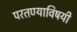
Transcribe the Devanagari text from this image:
परतण्याविषयी